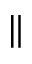
\|